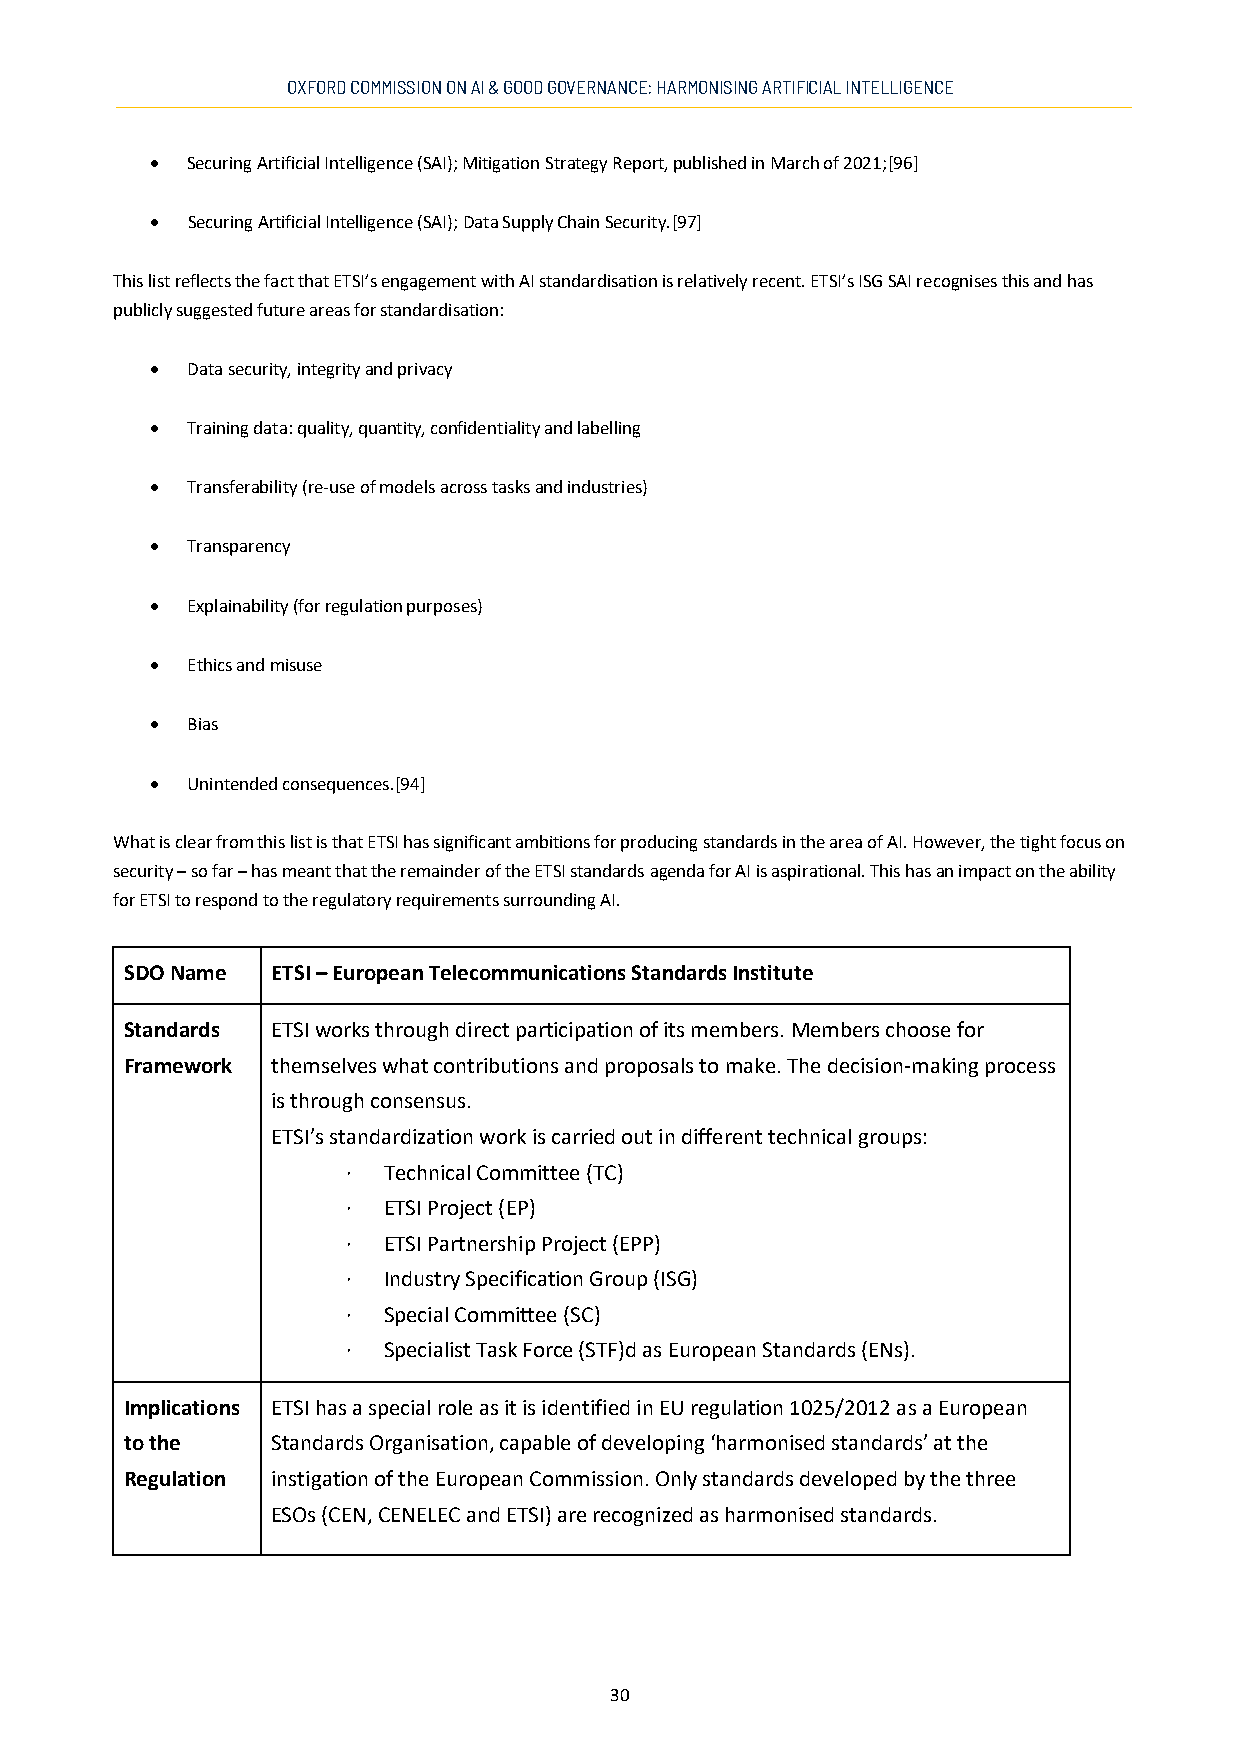
OXFORD COMMISSION ON AI & GOOD GOVERNANCE: HARMONISING ARTIFICIAL INTELLIGENCE
 • Securing Artificial Intelligence (SAI); Mitigation Strategy Report, published in March of 2021;[96]
 • Securing Artificial Intelligence (SAI); Data Supply Chain Security.[97]
 This list reflects the fact that ETSI’s engagement with AI standardisation is relatively recent. ETSI’s ISG SAI recognises this and has
 publicly suggested future areas for standardisation:
 • Data security, integrity and privacy
 • Training data: quality, quantity, confidentiality and labelling
 • Transferability (re-use of models across tasks and industries)
 • Transparency
 • Explainability (for regulation purposes)
 • Ethics and misuse
 • Bias
 • Unintended consequences.[94]
 What is clear from this list is that ETSI has significant ambitions for producing standards in the area of AI. However, the tight focus on
 security – so far – has meant that the remainder of the ETSI standards agenda for AI is aspirational. This has an impact on the ability
 for ETSI to respond to the regulatory requirements surrounding AI.
 SDO Name  ETSI – European Telecommunications Standards Institute
 Standards ETSI works through direct participation of its members. Members choose for
 Framework themselves what contributions and proposals to make. The decision-making process
 is through consensus.
 ETSI’s standardization work is carried out in different technical groups:
 · Technical Committee (TC)
 · ETSI Project (EP)
 · ETSI Partnership Project (EPP)
 · Industry Specification Group (ISG)
 · Special Committee (SC)
 · Specialist Task Force (STF)d as European Standards (ENs).
 Implications ETSI has a special role as it is identified in EU regulation 1025/2012 as a European
 to the    Standards Organisation, capable of developing ‘harmonised standards’ at the
 Regulation instigation of the European Commission. Only standards developed by the three
 ESOs (CEN, CENELEC and ETSI) are recognized as harmonised standards.
 30